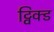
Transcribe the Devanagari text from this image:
ट्विक्ड